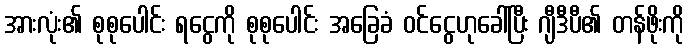
အားလုံး၏ စုစုပေါင်း ရငွေကို စုစုပေါင်း အခြေခံ ဝင်ငွေဟုခေါ်ပြီး ဂျီဒီပီ၏ တန်ဖိုးကို